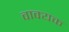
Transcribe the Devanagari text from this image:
वाक्यक